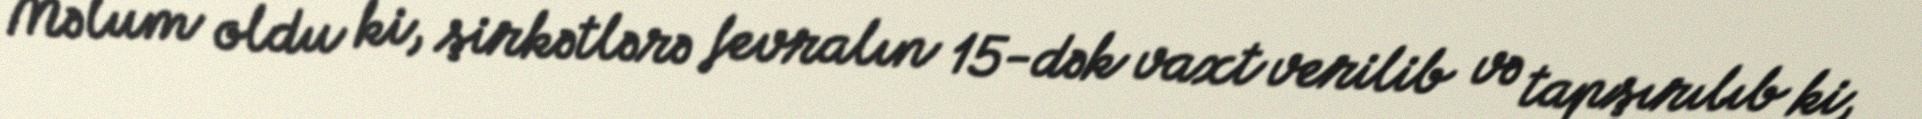
Məlum oldu ki, şirkətlərə fevralın 15-dək vaxt verilib və tapşırılıb ki,